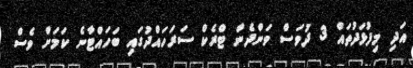
އަދި މިފުޅަދުތައް 3 ދުވަސް ވަންދެން ޓްރެކް ސަރަހައްދުގައި ބަހައްޓާނެ ކަމަށް ވެސް